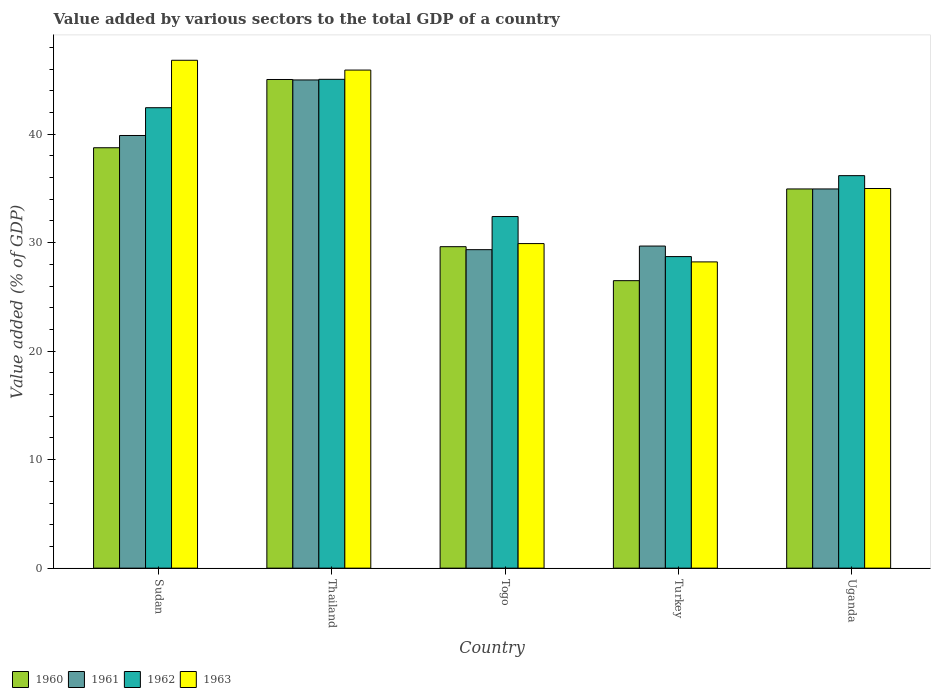
| Country | 1960 | 1961 | 1962 | 1963 |
 | --- | --- | --- | --- | --- |
 | Sudan | 38.7 | 39.9 | 42.4 | 46.8 |
 | Thailand | 45 | 45 | 45.1 | 45.9 |
 | Togo | 29.6 | 29.4 | 32.4 | 29.9 |
 | Turkey | 26.5 | 29.7 | 28.7 | 28.2 |
 | Uganda | 35 | 35 | 36.2 | 35 |